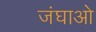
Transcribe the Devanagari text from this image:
जंघाओ